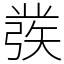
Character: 彂